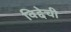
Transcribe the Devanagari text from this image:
विद्देची